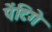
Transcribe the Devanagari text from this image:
पेंटिगे